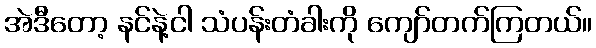
အဲဒီတော့ နင်နဲ့ငါ သံပန်းတံခါးကို ကျော်တက်ကြတယ်။